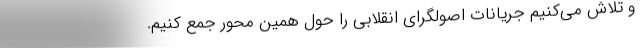
و تلاش می‌کنیم جریانات اصولگرای انقلابی را حول همین محور جمع کنیم.